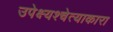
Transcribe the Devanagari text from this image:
उपेक्ष्यश्चेत्याकारा